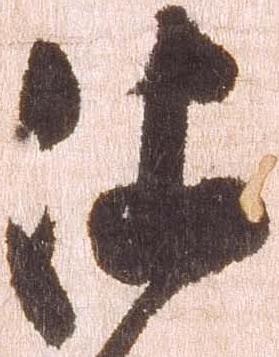
依